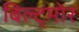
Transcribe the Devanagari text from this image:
बिल्ट्मोर